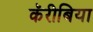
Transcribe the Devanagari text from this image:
कॅरीबिया